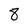
Character: 8